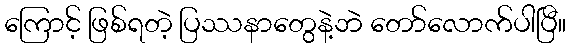
ကြောင့် ဖြစ်ရတဲ့ ပြဿနာတွေနဲ့ဘဲ တော်လောက်ပါပြီ။